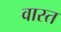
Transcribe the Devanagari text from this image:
वास्त